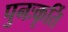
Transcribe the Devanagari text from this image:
पुनःकृर्ति